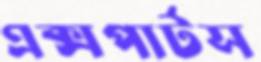
এক্সপার্টস